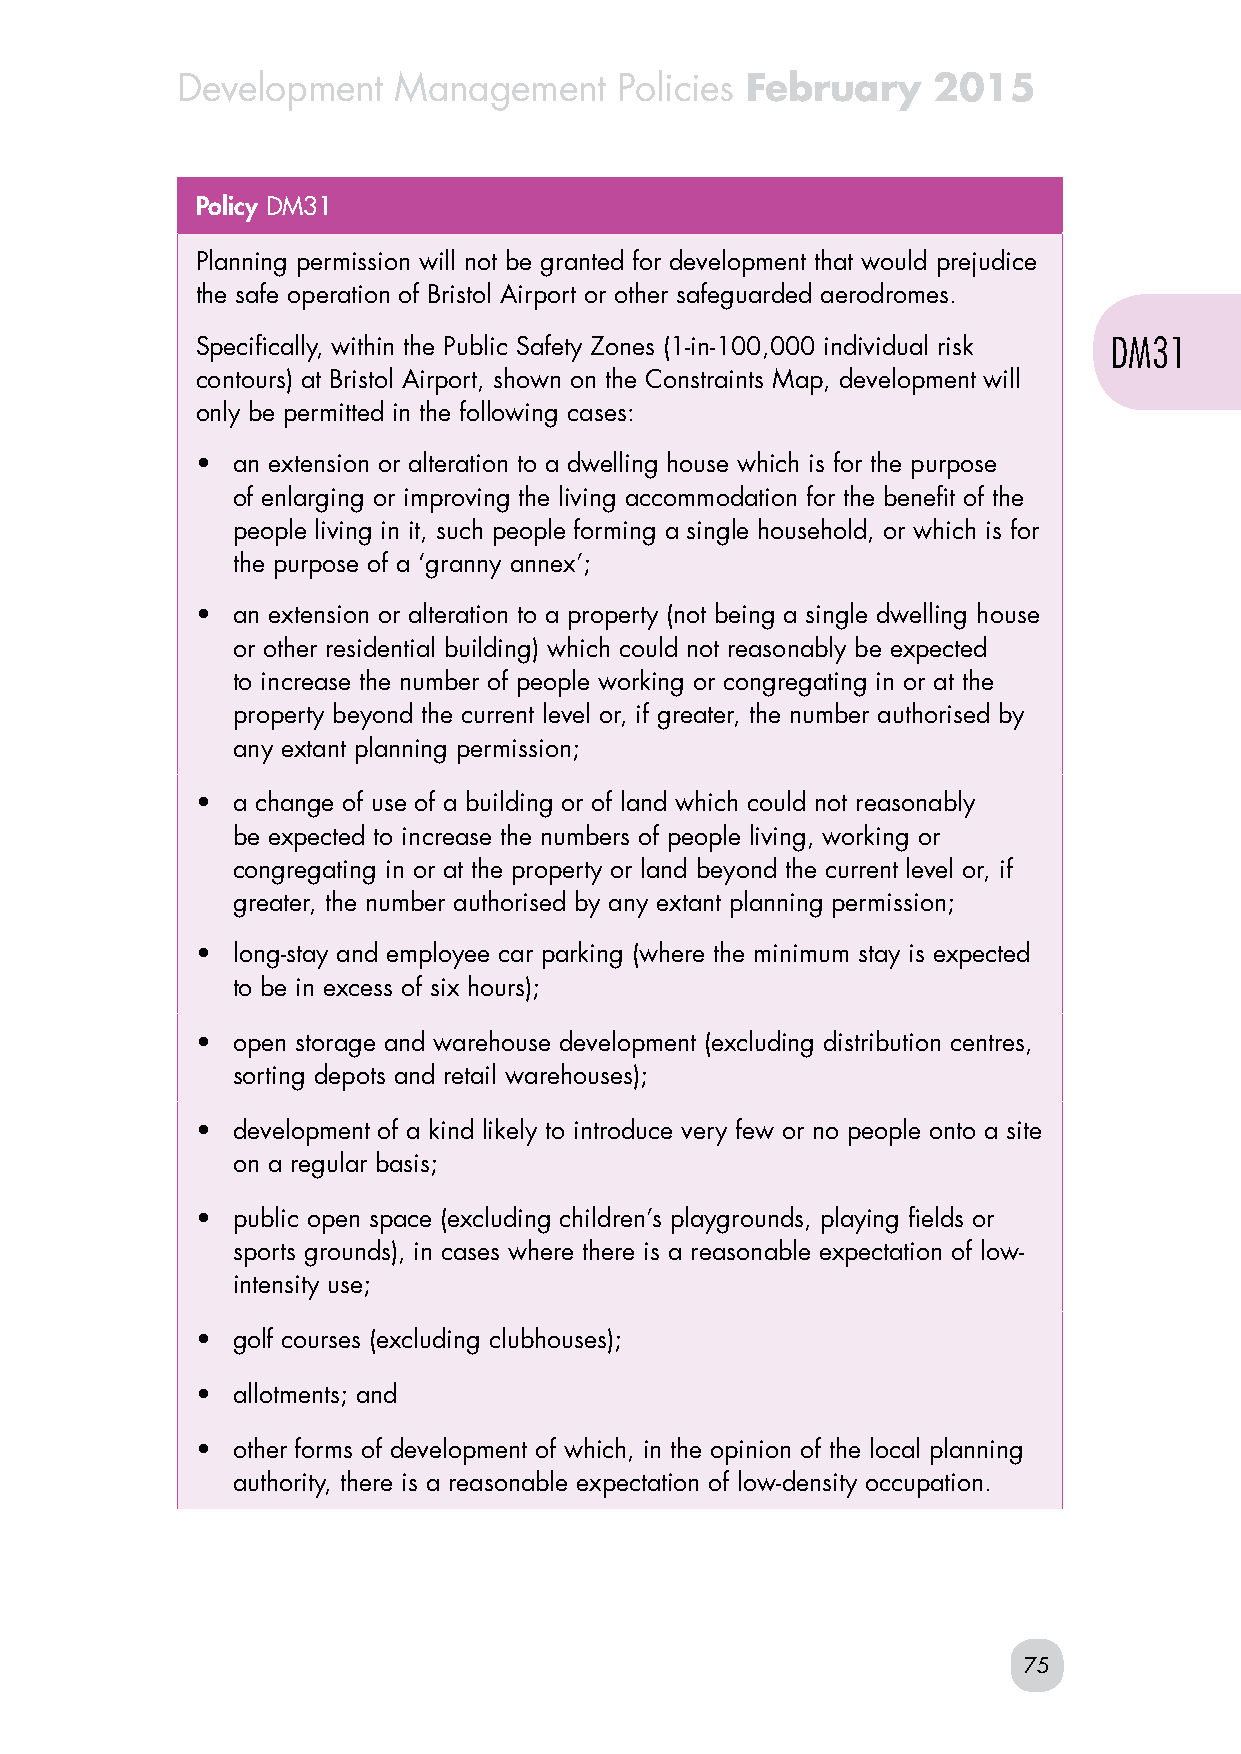
Development   Management     Policies February    2015
 Policy DM31
 Planning permission will not be granted for development that would prejudice
 the safe operation of Bristol Airport or other safeguarded aerodromes.
 Specifically, within the Public Safety Zones (1-in-100,000 individual risk DM31
 contours) at Bristol Airport, shown on the Constraints Map, development will
 only be permitted in the following cases:
 • an extension or alteration to a dwelling house which is for the purpose
 of enlarging or improving the living accommodation for the benefit of the
 people living in it, such people forming a single household, or which is for
 the purpose of a ‘granny annex’;
 • an extension or alteration to a property (not being a single dwelling house
 or other residential building) which could not reasonably be expected
 to increase the number of people working or congregating in or at the
 property beyond the current level or, if greater, the number authorised by
 any extant planning permission;
 • a change of use of a building or of land which could not reasonably
 be expected to increase the numbers of people living, working or
 congregating in or at the property or land beyond the current level or, if
 greater, the number authorised by any extant planning permission;
 • long-stay and employee car parking (where the minimum stay is expected
 to be in excess of six hours);
 • open storage and warehouse development (excluding distribution centres,
 sorting depots and retail warehouses);
 • development of a kind likely to introduce very few or no people onto a site
 on a regular basis;
 • public open space (excluding children’s playgrounds, playing fields or
 sports grounds), in cases where there is a reasonable expectation of low-
 intensity use;
 • golf courses (excluding clubhouses);
 • allotments; and
 • other forms of development of which, in the opinion of the local planning
 authority, there is a reasonable expectation of low-density occupation.
 75